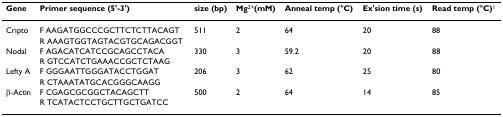
<table><thead><tr><td><b>Gene</b></td><td><b>Primer sequence (5&#x27;-3&#x27;)</b></td><td><b>size (bp)</b></td><td><b>Mg<sup>2+</sup>(mM)</b></td><td><b>Anneal temp (°C)</b></td><td><b>Ex&#x27;sion time (s)</b></td><td><b>Read temp (°C)<sup>1</sup></b></td></tr></thead><tbody><tr><td>Cripto</td><td>F AAGATGGCCCGCTTCTCTTACAGT</td><td>511</td><td>2</td><td>64</td><td>20</td><td>88</td></tr><tr><td></td><td>R AAAGTGGTAGTACGTGCAGACGGT</td><td></td><td></td><td></td><td></td><td></td></tr><tr><td>Nodal</td><td>F AGACATCATCCGCAGCCTACA</td><td>330</td><td>3</td><td>59.2</td><td>20</td><td>88</td></tr><tr><td></td><td>R GTCCATCTGAAACCGCTCTAAG</td><td></td><td></td><td></td><td></td><td></td></tr><tr><td>Lefty A</td><td>F GGGAATTGGGATACCTGGAT</td><td>206</td><td>3</td><td>62</td><td>25</td><td>80</td></tr><tr><td></td><td>R CTAAATATGCACGGGCAAGG</td><td></td><td></td><td></td><td></td><td></td></tr><tr><td>β-Actin</td><td>F CGAGCGCGGCTACAGCTT</td><td>500</td><td>2</td><td>64</td><td>14</td><td>85</td></tr><tr><td></td><td>R TCATACTCCTGCTTGCTGATCC</td><td></td><td></td><td></td><td></td><td></td></tr></tbody></table>